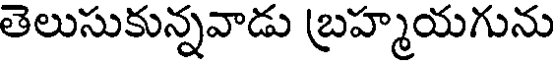
తెలుసుకున్నవాడు బ్రహ్మయగును